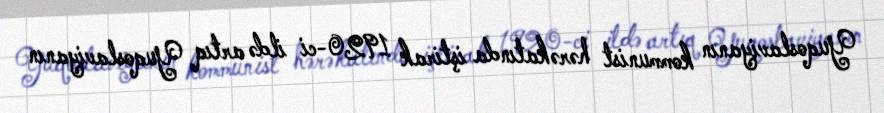
Yuqoslaviyanın kommunist hərəkatında iştirak 1920-ci ildə artıq Yuqoslaviyanın